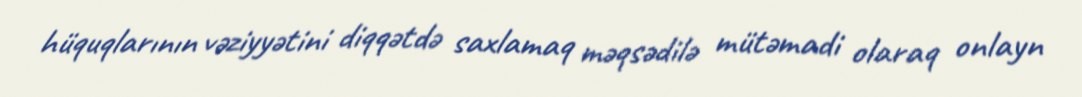
hüquqlarının vəziyyətini diqqətdə saxlamaq məqsədilə mütəmadi olaraq onlayn